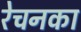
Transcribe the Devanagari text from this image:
रेचनका